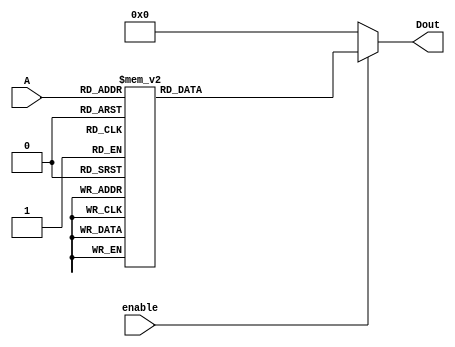
module Lab2_decoder_3x8 (output reg[7:0] Dout, input [2:0] A, input enable);
	
	always @(A,enable)
	begin
	if(enable==1'b0)
		Dout[7:0]=8'b00000000;
	else
		case(A)
			3'b000: Dout=8'b10000000;
			3'b001: Dout=8'b01000000;
			3'b010: Dout=8'b00100000;
			3'b011: Dout=8'b00010000;
			3'b100: Dout=8'b00001000;
			3'b101: Dout=8'b00000100;
			3'b110: Dout=8'b00000010;
			3'b111: Dout=8'b00000001;
		endcase
	end
endmodule